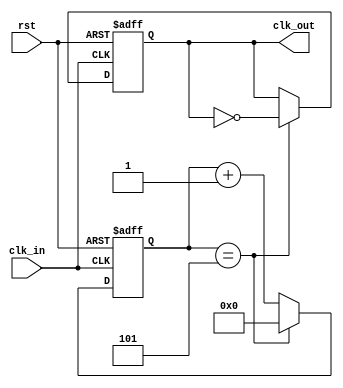
//exp11 div even 12
//12->1100 

module div_even (
	input wire clk_in,
	input wire rst,

	output reg clk_out
);
	parameter cnt_bits = 4 - 1;
	parameter cnt_max = 12/2 - 1;
	reg [cnt_bits : 0] cnt;

	always@(posedge clk_in or negedge rst) begin
		if(~rst) 
			cnt <= 0;
		else 
			cnt <= (cnt == cnt_max) ? 0 : cnt + 1'b1;
	end

	always @(posedge clk_in or negedge rst)  begin
		if(~rst)
			clk_out <= 0;
		else 
			clk_out <= (cnt == cnt_max) ? ~clk_out:clk_out;

	end
	
endmodule